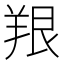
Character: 𫅔